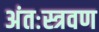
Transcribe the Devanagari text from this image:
अंतःस्त्रवण